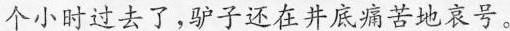
个小时过去了，驴子还在井底痛苦地哀号。